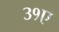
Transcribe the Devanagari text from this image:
३१ए